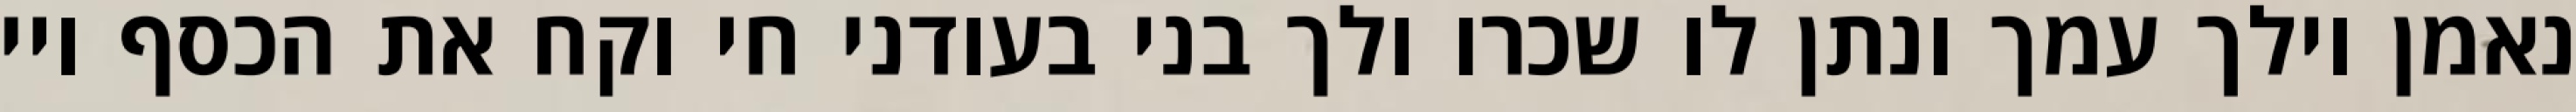
נאמן וילך עמך ונתן לו שכרו ולך בני בעודני חי וקח את הכסף ויי